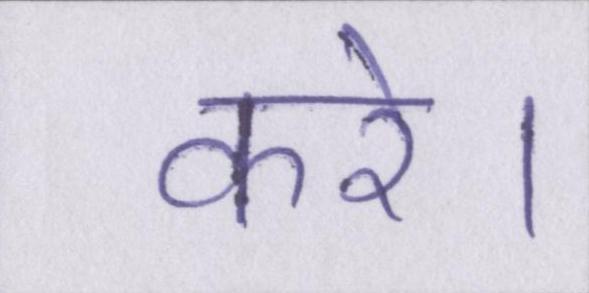
करे।